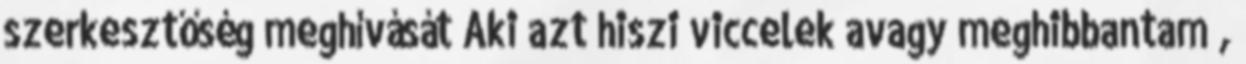
szerkesztőség meghívását Aki azt hiszi viccelek avagy meghibbantam ,